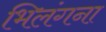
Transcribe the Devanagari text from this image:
भिलंगना